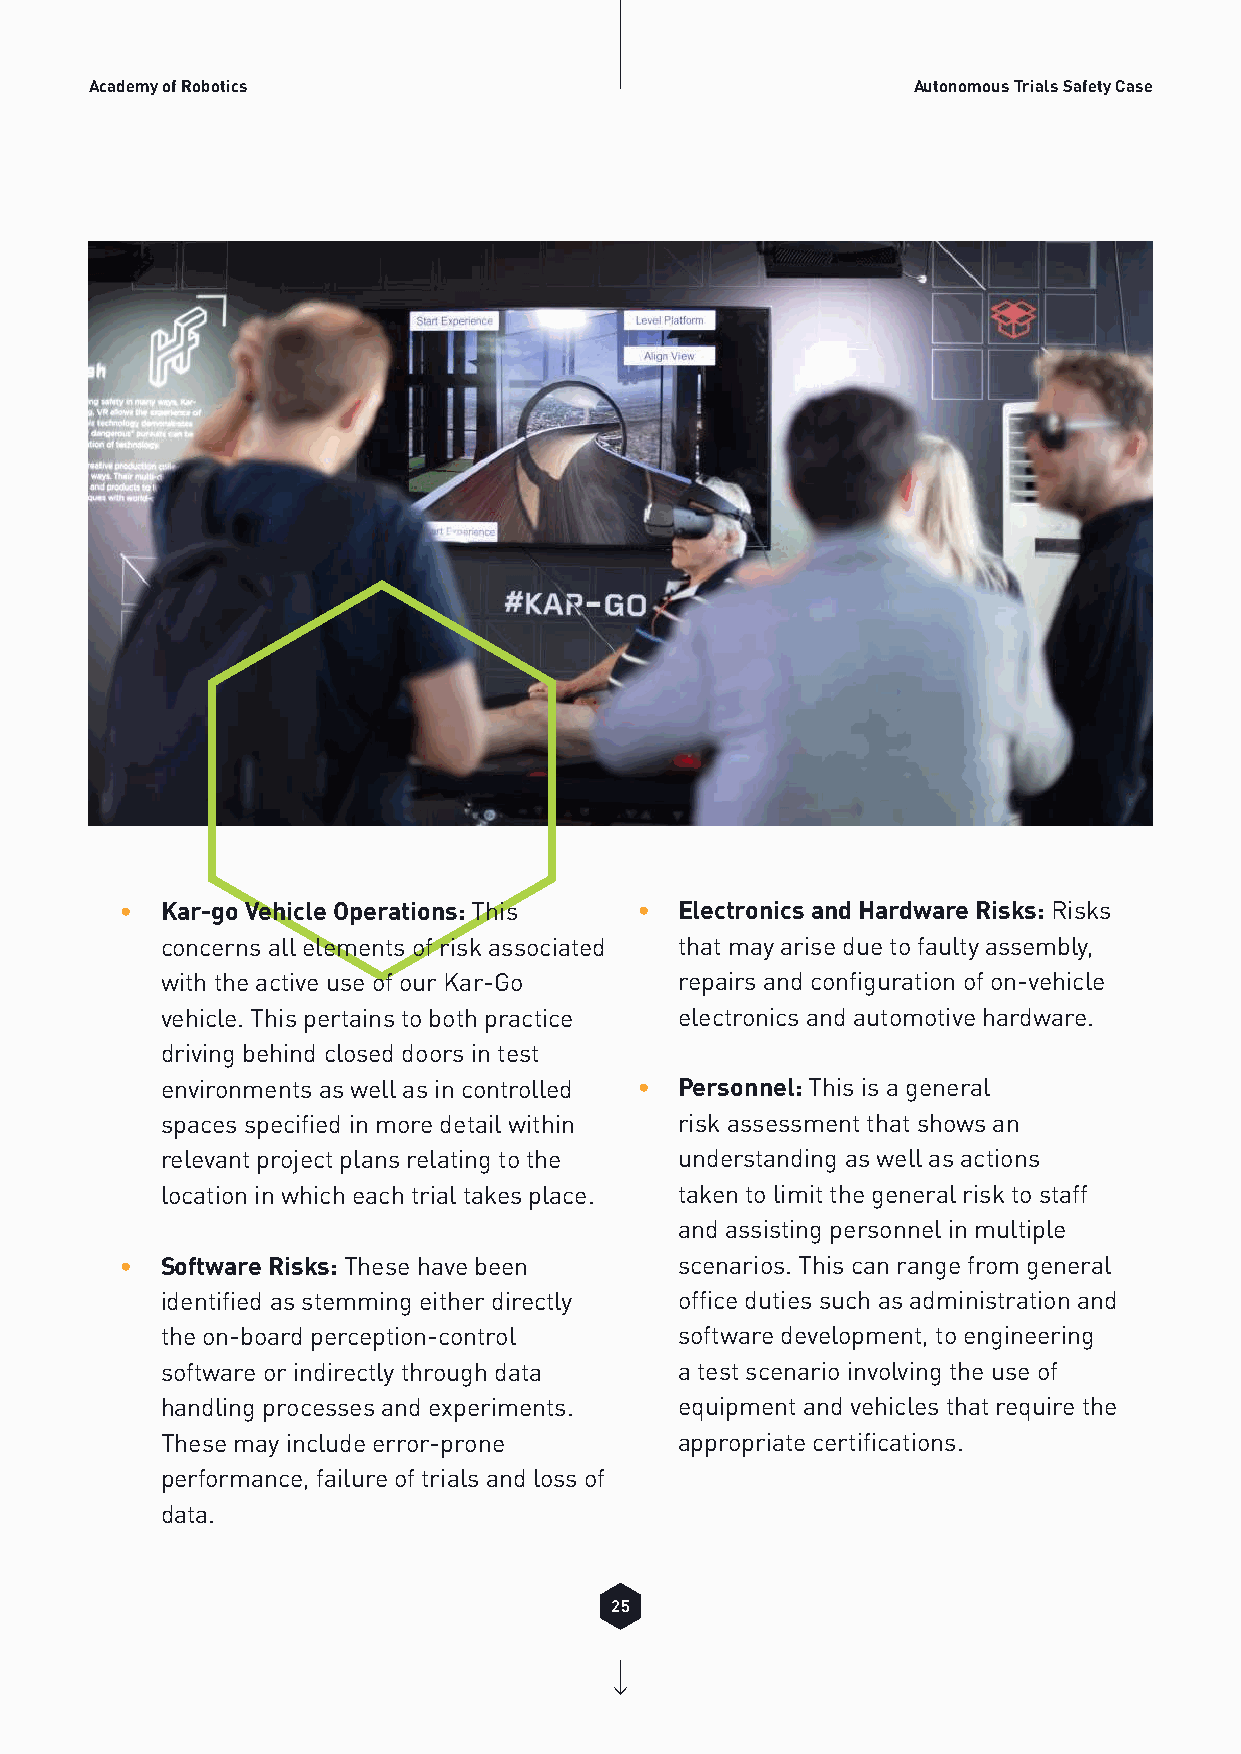
Academy of Robotics                                   Autonomous Trials Safety Case
 •  Kar-go Vehicle Operations: This • Electronics and Hardware Risks: Risks
 concerns all elements of risk associated that may arise due to faulty assembly,
 with the active use of our Kar-Go repairs and configuration of on-vehicle
 vehicle. This pertains to both practice electronics and automotive hardware.
 driving behind closed doors in test
 environments as well as in controlled • Personnel: This is a general
 spaces specified in more detail within risk assessment that shows an
 relevant project plans relating to the understanding as well as actions
 location in which each trial takes place. taken to limit the general risk to staff
 and assisting personnel in multiple
 •  Software Risks: These have been   scenarios. This can range from general
 identified as stemming either directly office duties such as administration and
 the on-board perception-control   software development, to engineering
 software or indirectly through data a test scenario involving the use of
 handling processes and experiments. equipment and vehicles that require the
 These may include error-prone     appropriate certifications.
 performance, failure of trials and loss of Please see appendix 1 which has a safety chart.
 data.
 25